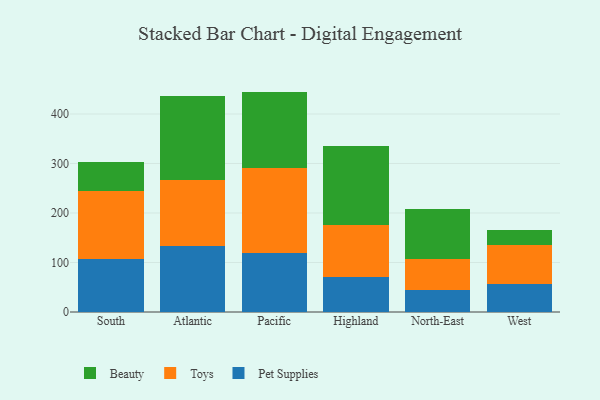
{"axis": {"x": "Region", "y": "Latency (ms)"}, "legend": ["Beauty", "Pet Supplies", "Toys"], "data": [{"x": "South", "y": 107.7, "type": "Pet Supplies"}, {"x": "South", "y": 135.9, "type": "Toys"}, {"x": "South", "y": 58.5, "type": "Beauty"}, {"x": "Atlantic", "y": 133.0, "type": "Pet Supplies"}, {"x": "Atlantic", "y": 133.9, "type": "Toys"}, {"x": "Atlantic", "y": 169.6, "type": "Beauty"}, {"x": "Pacific", "y": 120.1, "type": "Pet Supplies"}, {"x": "Pacific", "y": 171.4, "type": "Toys"}, {"x": "Pacific", "y": 153.7, "type": "Beauty"}, {"x": "Highland", "y": 70.3, "type": "Pet Supplies"}, {"x": "Highland", "y": 104.6, "type": "Toys"}, {"x": "Highland", "y": 160.8, "type": "Beauty"}, {"x": "North-East", "y": 45.1, "type": "Pet Supplies"}, {"x": "North-East", "y": 61.0, "type": "Toys"}, {"x": "North-East", "y": 101.2, "type": "Beauty"}, {"x": "West", "y": 56.7, "type": "Pet Supplies"}, {"x": "West", "y": 78.8, "type": "Toys"}, {"x": "West", "y": 30.5, "type": "Beauty"}]}